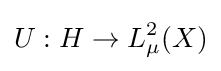
U:H\to L_{\mu }^{2}(X)